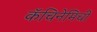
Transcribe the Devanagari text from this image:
कॅचिनेमिची